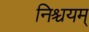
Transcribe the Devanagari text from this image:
निश्चयम्